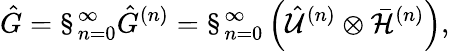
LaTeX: \hat{G}=\S_{n=0}^{\infty}\hat{G}^{(n)}=\S_{n=0}^{\infty}\left(\hat{\cal U}^{(n)}\otimes{\bar{\cal H}}^{(n)}\right),